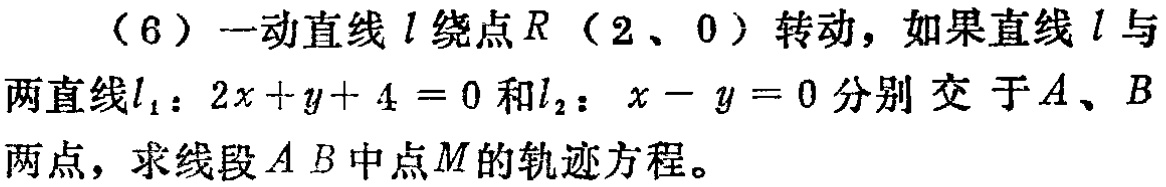
（6）一动直线\(l\)绕点\(R(2,0)\)转动，如果直线\(l\)与两直线\(l_{1}:2x + y + 4 = 0\)和\(l_{2}:x - y = 0\)分别交于\(A、B\)两点，求线段\(AB\)中点\(M\)的轨迹方程。